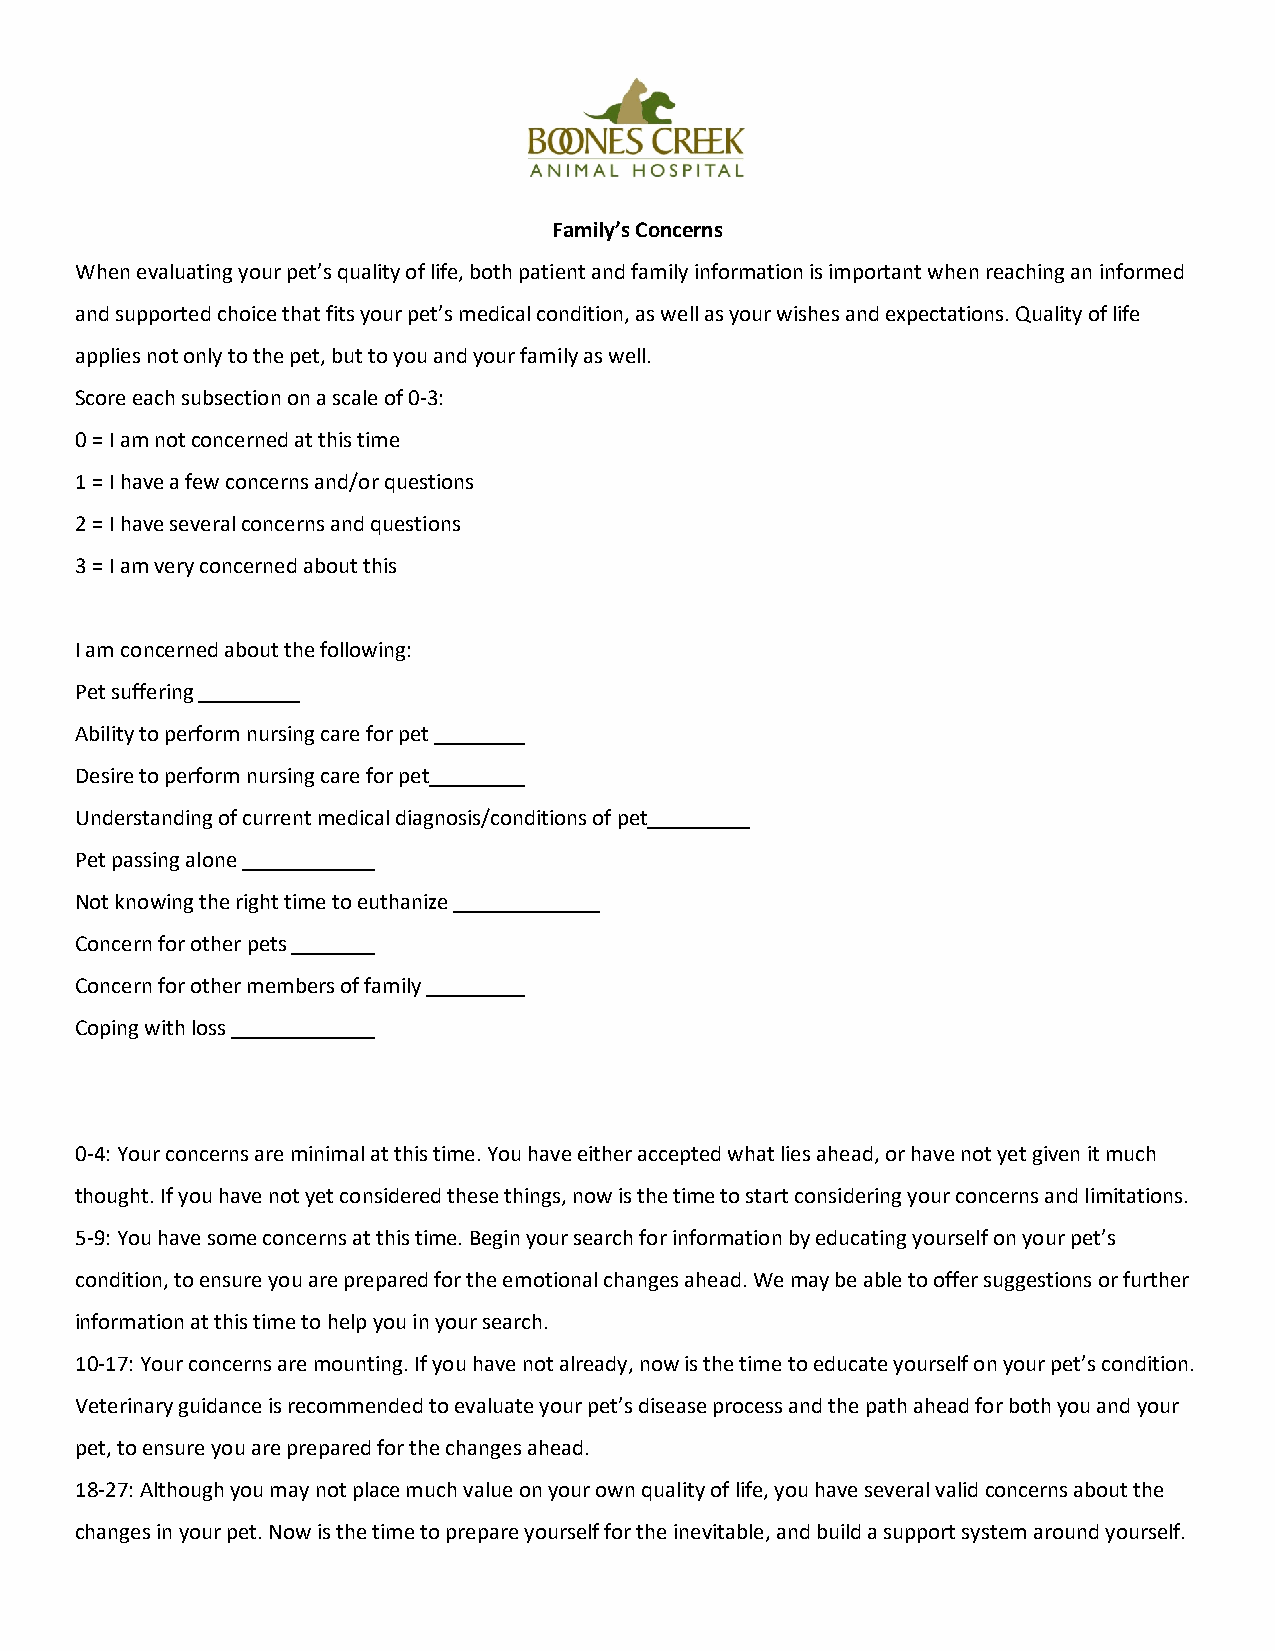
Family’s Concerns
 When evaluating your pet’s quality of life, both patient and family information is important when reaching an informed
 and supported choice that fits your pet’s medical condition, as well as your wishes and expectations. Quality of life
 applies not only to the pet, but to you and your family as well.
 Score each subsection on a scale of 0-3:
 0 = I am not concerned at this time
 1 = I have a few concerns and/or questions
 2 = I have several concerns and questions
 3 = I am very concerned about this
 I am concerned about the following:
 Pet suffering
 Ability to perform nursing care for pet
 Desire to perform nursing care for pet
 Understanding of current medical diagnosis/conditions of pet
 Pet passing alone
 Not knowing the right time to euthanize
 Concern for other pets
 Concern for other members of family
 Coping with loss
 0-4: Your concerns are minimal at this time. You have either accepted what lies ahead, or have not yet given it much
 thought. If you have not yet considered these things, now is the time to start considering your concerns and limitations.
 5-9: You have some concerns at this time. Begin your search for information by educating yourself on your pet’s
 condition, to ensure you are prepared for the emotional changes ahead. We may be able to offer suggestions or further
 information at this time to help you in your search.
 10-17: Your concerns are mounting. If you have not already, now is the time to educate yourself on your pet’s condition.
 Veterinary guidance is recommended to evaluate your pet’s disease process and the path ahead for both you and your
 pet, to ensure you are prepared for the changes ahead.
 18-27: Although you may not place much value on your own quality of life, you have several valid concerns about the
 changes in your pet. Now is the time to prepare yourself for the inevitable, and build a support system around yourself.